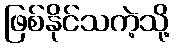
ဖြစ်နိုင်သကဲ့သို့